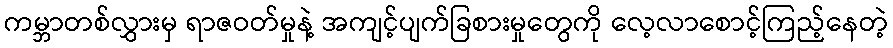
ကမ္ဘာတစ်လွှားမှ ရာဇဝတ်မှုနဲ့ အကျင့်ပျက်ခြစားမှုတွေကို လေ့လာစောင့်ကြည့်နေတဲ့